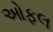
ઓફલ